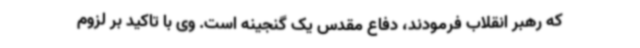
که رهبر انقلاب فرمودند، دفاع مقدس یک گنجینه است. وی با تاکید بر لزوم